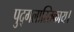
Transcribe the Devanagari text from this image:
पुद्गलास्तिकाय।